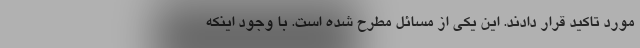
مورد تاکید قرار دادند. این یکی از مسائل مطرح شده است. با وجود اینکه